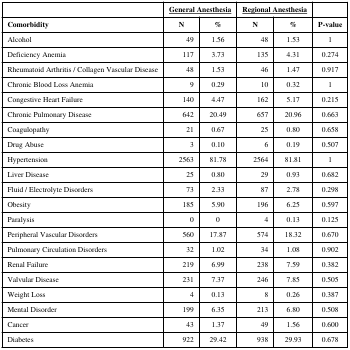
<table><thead><tr><td></td><td colspan="2"><b><underline>General Anesthesia</underline></b></td><td colspan="2"><b><underline>Regional Anesthesia</underline></b></td><td></td></tr><tr><td><b>Comorbidity</b></td><td><b>N</b></td><td><b>%</b></td><td><b>N</b></td><td><b>%</b></td><td><b>P-value</b></td></tr></thead><tbody><tr><td>Alcohol</td><td>49</td><td>1.56</td><td>48</td><td>1.53</td><td>1</td></tr><tr><td>Deficiency Anemia</td><td>117</td><td>3.73</td><td>135</td><td>4.31</td><td>0.274</td></tr><tr><td>Rheumatoid Arthritis / Collagen Vascular Disease</td><td>48</td><td>1.53</td><td>46</td><td>1.47</td><td>0.917</td></tr><tr><td>Chronic Blood Loss Anemia</td><td>9</td><td>0.29</td><td>10</td><td>0.32</td><td>1</td></tr><tr><td>Congestive Heart Failure</td><td>140</td><td>4.47</td><td>162</td><td>5.17</td><td>0.215</td></tr><tr><td>Chronic Pulmonary Disease</td><td>642</td><td>20.49</td><td>657</td><td>20.96</td><td>0.663</td></tr><tr><td>Coagulopathy</td><td>21</td><td>0.67</td><td>25</td><td>0.80</td><td>0.658</td></tr><tr><td>Drug Abuse</td><td>3</td><td>0.10</td><td>6</td><td>0.19</td><td>0.507</td></tr><tr><td>Hypertension</td><td>2563</td><td>81.78</td><td>2564</td><td>81.81</td><td>1</td></tr><tr><td>Liver Disease</td><td>25</td><td>0.80</td><td>29</td><td>0.93</td><td>0.682</td></tr><tr><td>Fluid / Electrolyte Disorders</td><td>73</td><td>2.33</td><td>87</td><td>2.78</td><td>0.298</td></tr><tr><td>Obesity</td><td>185</td><td>5.90</td><td>196</td><td>6.25</td><td>0.597</td></tr><tr><td>Paralysis</td><td>0</td><td>0</td><td>4</td><td>0.13</td><td>0.125</td></tr><tr><td>Peripheral Vascular Disorders</td><td>560</td><td>17.87</td><td>574</td><td>18.32</td><td>0.670</td></tr><tr><td>Pulmonary Circulation Disorders</td><td>32</td><td>1.02</td><td>34</td><td>1.08</td><td>0.902</td></tr><tr><td>Renal Failure</td><td>219</td><td>6.99</td><td>238</td><td>7.59</td><td>0.382</td></tr><tr><td>Valvular Disease</td><td>231</td><td>7.37</td><td>246</td><td>7.85</td><td>0.505</td></tr><tr><td>Weight Loss</td><td>4</td><td>0.13</td><td>8</td><td>0.26</td><td>0.387</td></tr><tr><td>Mental Disorder</td><td>199</td><td>6.35</td><td>213</td><td>6.80</td><td>0.508</td></tr><tr><td>Cancer</td><td>43</td><td>1.37</td><td>49</td><td>1.56</td><td>0.600</td></tr><tr><td>Diabetes</td><td>922</td><td>29.42</td><td>938</td><td>29.93</td><td>0.678</td></tr></tbody></table>